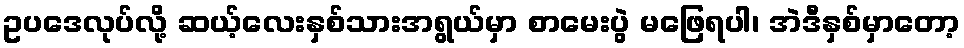
ဥပဒေလုပ်လို့ ဆယ့်လေးနှစ်သားအရွယ်မှာ စာမေးပွဲ မဖြေရပါ၊ အဲဒီနှစ်မှာတော့